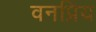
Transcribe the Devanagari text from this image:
वनप्रिय